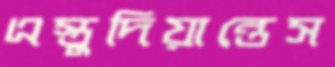
এস্তুদিয়ান্তেস